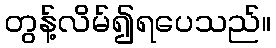
တွန့်လိမ်၍ရပေသည်။